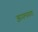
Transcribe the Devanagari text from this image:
झगमगता